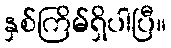
နှစ်ကြိမ်ရှိပါပြီ။